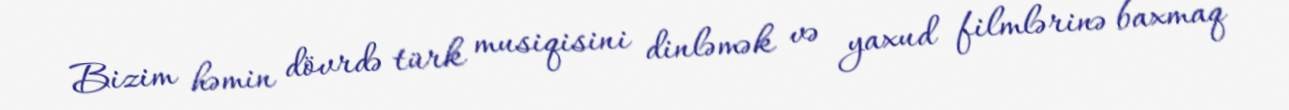
Bizim həmin dövrdə türk musiqisini dinləmək və yaxud filmlərinə baxmaq